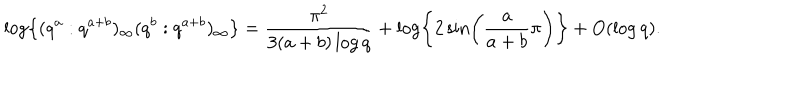
\log \left\{ ( q ^ { a } : q ^ { a + b } ) _ { \infty } ( q ^ { b } : q ^ { a + b } ) _ { \infty } \right\} = \frac { \pi ^ { 2 } } { 3 ( a + b ) \log q } + \log \left\{ 2 \sin \left( \frac { a } { a + b } \pi \right) \right\} + O ( \log q ) .